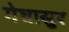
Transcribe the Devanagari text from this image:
मेघासुर